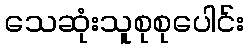
သေဆုံးသူစုစုပေါင်း